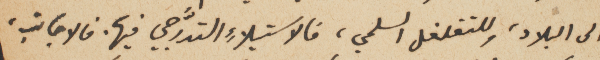
الى البلاد، وللتغلغل السلمي، فالاستيلاءِ التدَّرجي فيها. فالاجانب،